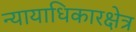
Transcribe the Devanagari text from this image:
न्यायाधिकारक्षेत्र